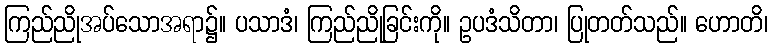
ကြည်ညိုအပ်သောအရာ၌။ ပသာဒံ၊ ကြည်ညိုခြင်းကို။ ဥပဒံသိတာ၊ ပြုတတ်သည်။ ဟောတိ၊